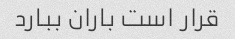
قرار است باران ببارد